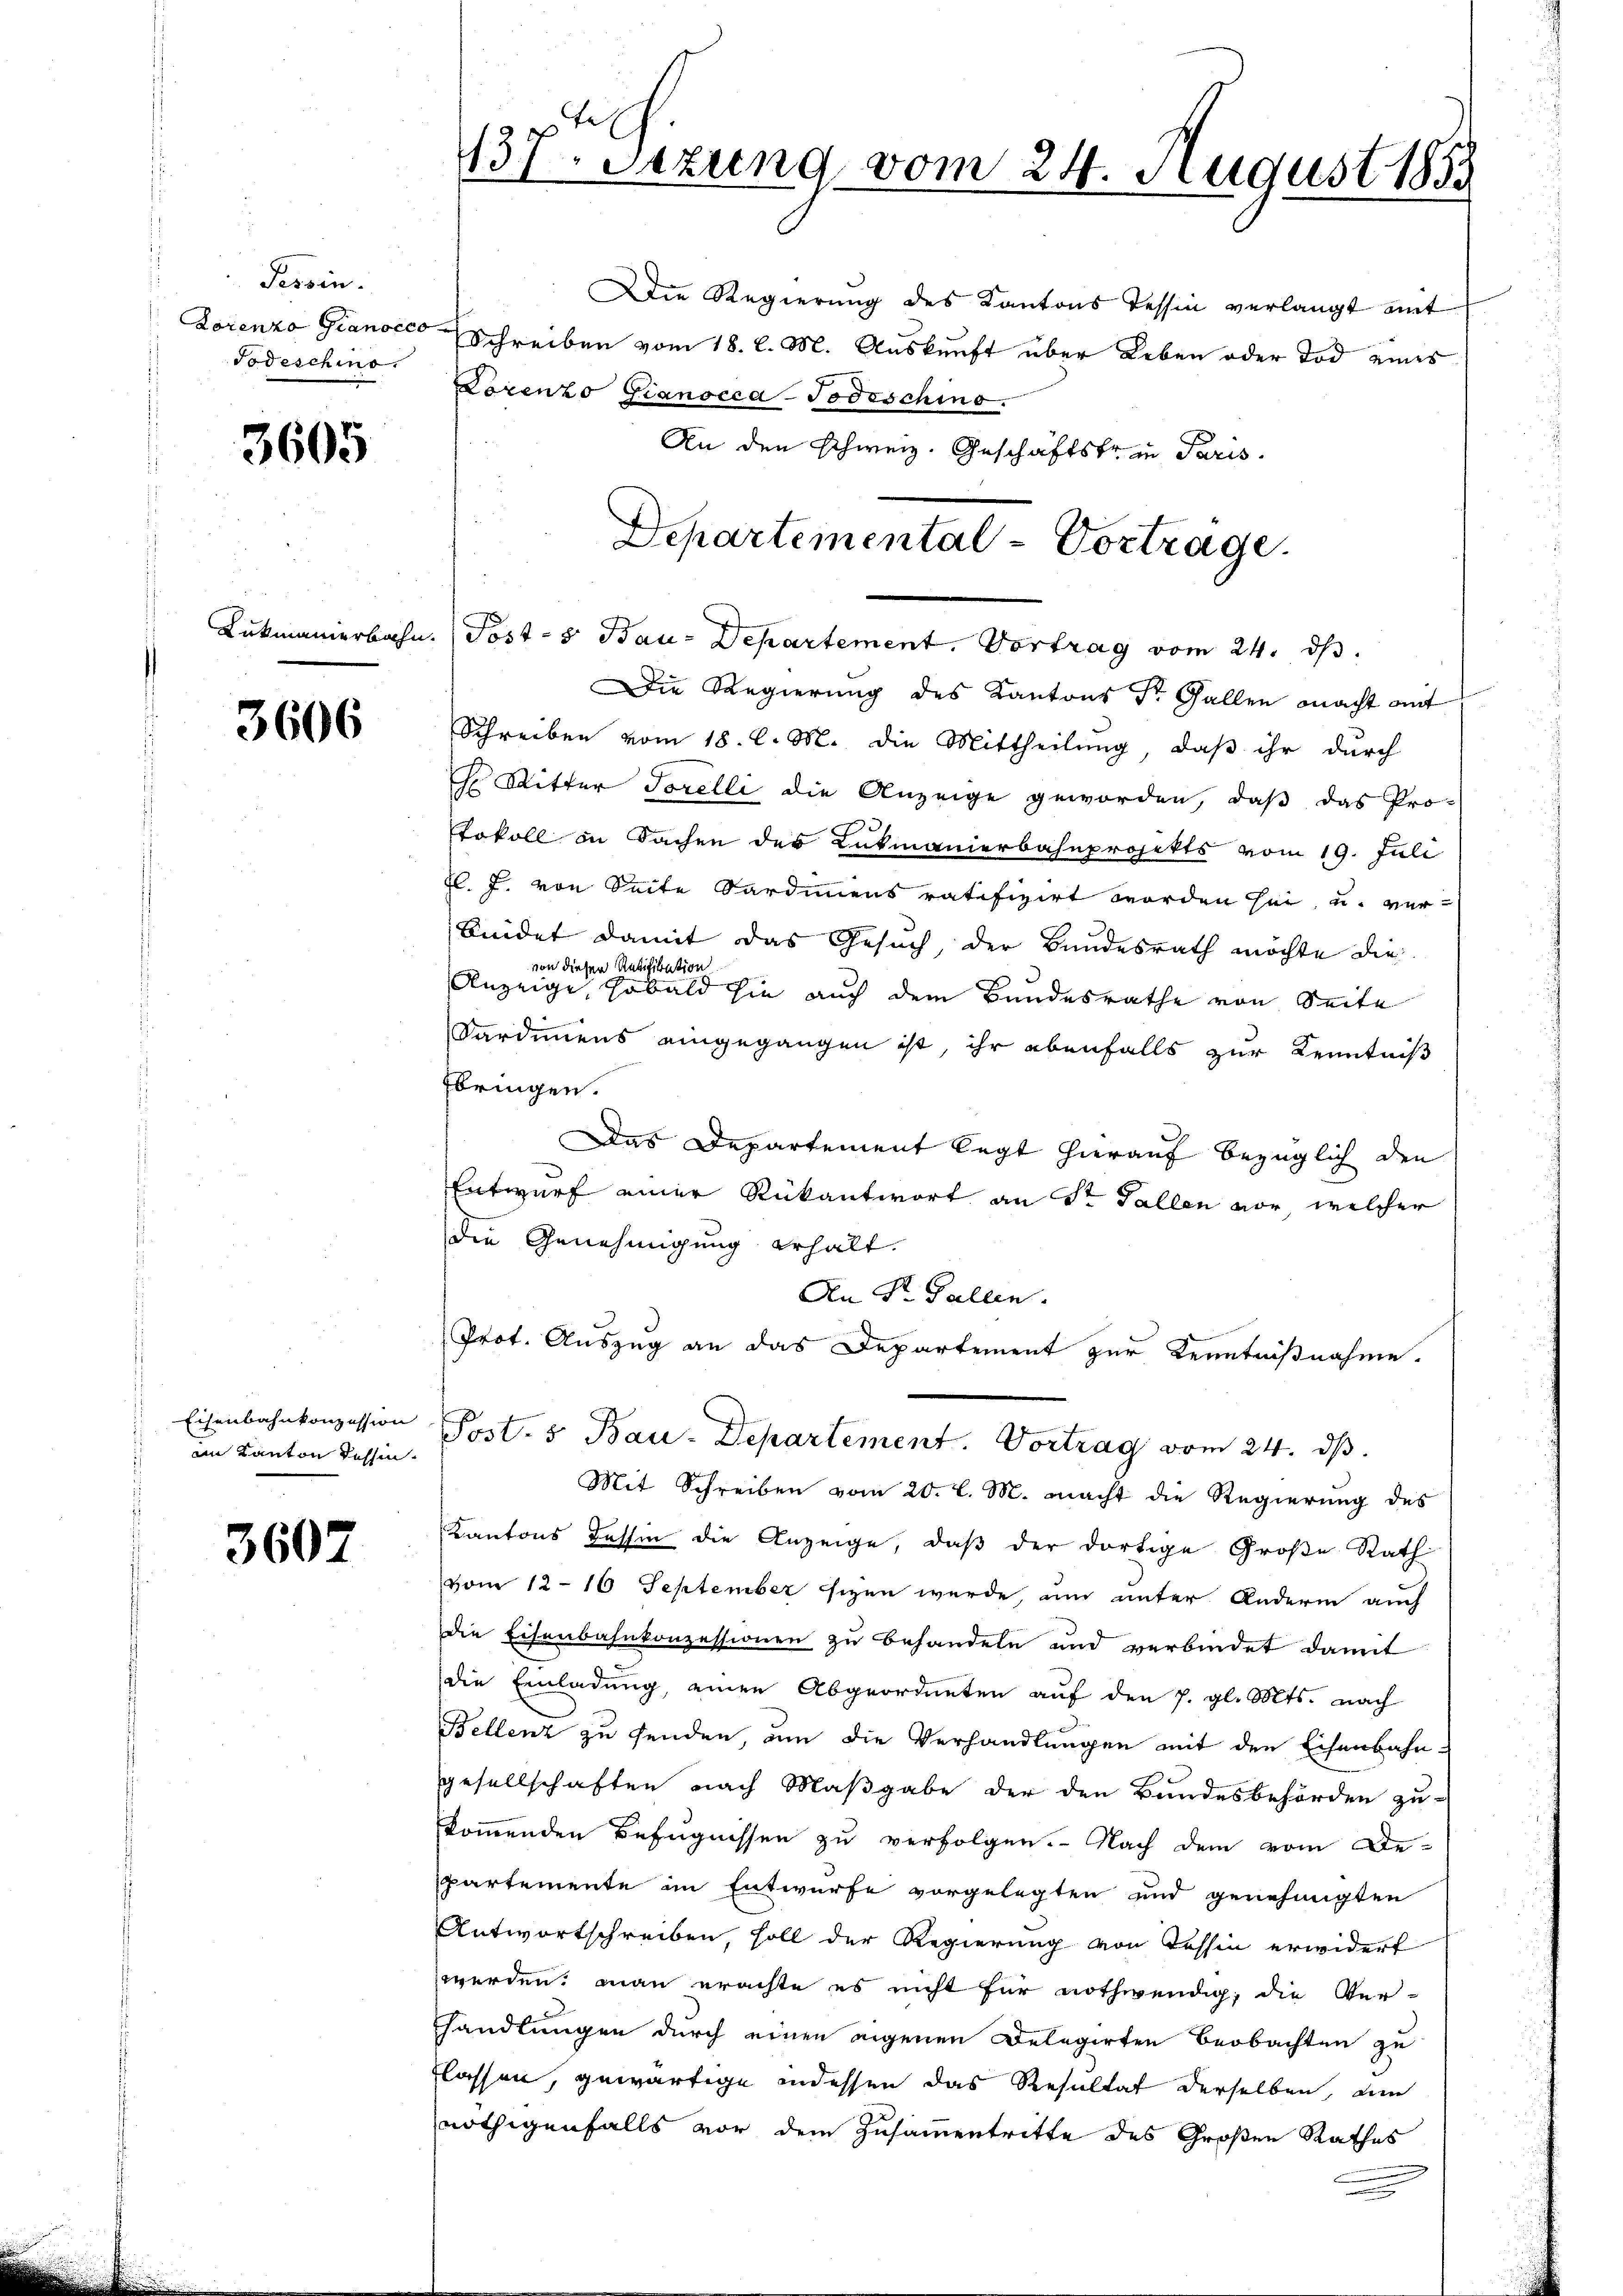
Tessin.
Lorenzo Gianocco
Todeschino.

3605

3606

im Kanton dessen.

3602

137. Setzung vom 24. August 185

Lukmanierbahn. Post- & Bau-Departement. Vortrag vom 24. ds.

Die Regierung des Kantons Tessin verlangt mit
Schreiben vom 18. d. M. Auskunft über Leben oder Tod eines
Lorenzo Gianocca-Todeschino.
An den Schweiz. Geschäftstrie Paris.
Departemental - Vortrage.

An Dr. Gallen.
Prot. Auszug an das Departement zur Kenntnißnahme.
Eisenbahnkonzession Post. 5 Bau-Departement. Vortrag vom 24. ds.

Die Regierŭng des Kantons Sr. Gallen macht mit
Schreiben vom 18. d. M. die Mittheilung, daß ihr durch
 Ritter Torelli die Anzeige geworden, daß das Pro-
Sokoll in Sachen des Lukmanierbahnprojekts vom 19. Juli
fl. J. von Seite Sardiniens ratifizirt worden sei, u. verbeidet damit das Gesuch, der Bundesrath möchte die
von diesen Ratifikation
Anzeige, sobald sie auch dem Bundesrathe von Seite
Sardimens eingegangen ist, ihr ebenfalls zur Kenntniß
fbringen.
Das Departement legt hierauf bezüglich den
Entwurf einer Rükantwort an Sr Fallen vor welcher
die Genehmigung erhält.
Mit Schreiben vom 20. d. M. macht die Regierung des
Kantons dessen die Anzeige, daß der dortige Große Rath
vom 12. 16 September seyen werde, um unter Andern auch
die Eisenbahnkonzessionen zu behandeln und verbindet damit
die Einladung, einen Abgeordneten auf den P. gl. Mts. nach
Bellenz zu senden, um die Verhandlungen mit den Eisenbahn-
gesellschaften nach Maßgabe der den Bundesbehörden zu-
kommenden Befugnissen zu verfolgen. Nach dem vom Be-
partemente im Entwurfe vorgelegten und genehmigten
Antwortschreiben, soll der Regierung von Tessin erwidert
werden, man erachte es nicht für nothwendig, die Ver-
handlungen durch einen eigenen Delegirten beobachten zu
flassen, gewärtige andessen das Resultat derselben, um
nöthigenfalls vor dem Zusammentritte des Großen Rathes